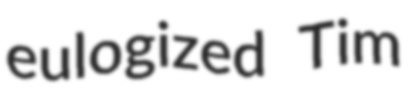
eulogized Tim